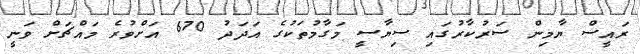
ރައީސް ޔާމިން ސަރުކާރުގައި ސިޔާސީ މަގާމުތަކުގެ އަދަދު 670 އަށްވުރެ މައްޗަށް ވަނީ